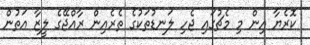
ކޮރެޔާ އިން މި މެޗުގައި ޖެހި ލަނޑުތަކުގެ ތެރެއިން ރާއްޖޭގެ ލީޒާ އަތުން